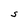
Character: S